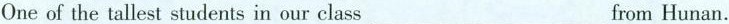
One of the tallest students in our class ____ from Hunan。